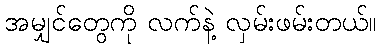
အမျှင်တွေကို လက်နဲ့ လှမ်းဖမ်းတယ်။